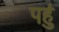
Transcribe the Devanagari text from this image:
पहुं